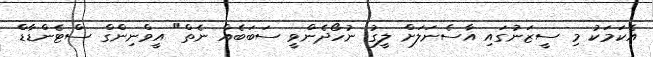
އެކަމަކު މި ސީޒަނުގައި އާސެނަލަށް ލީގު ނުހޯދެންވީ ސަބަބެއް ނެތް" އީވްނިންގް ސްޓެންޑާޑް